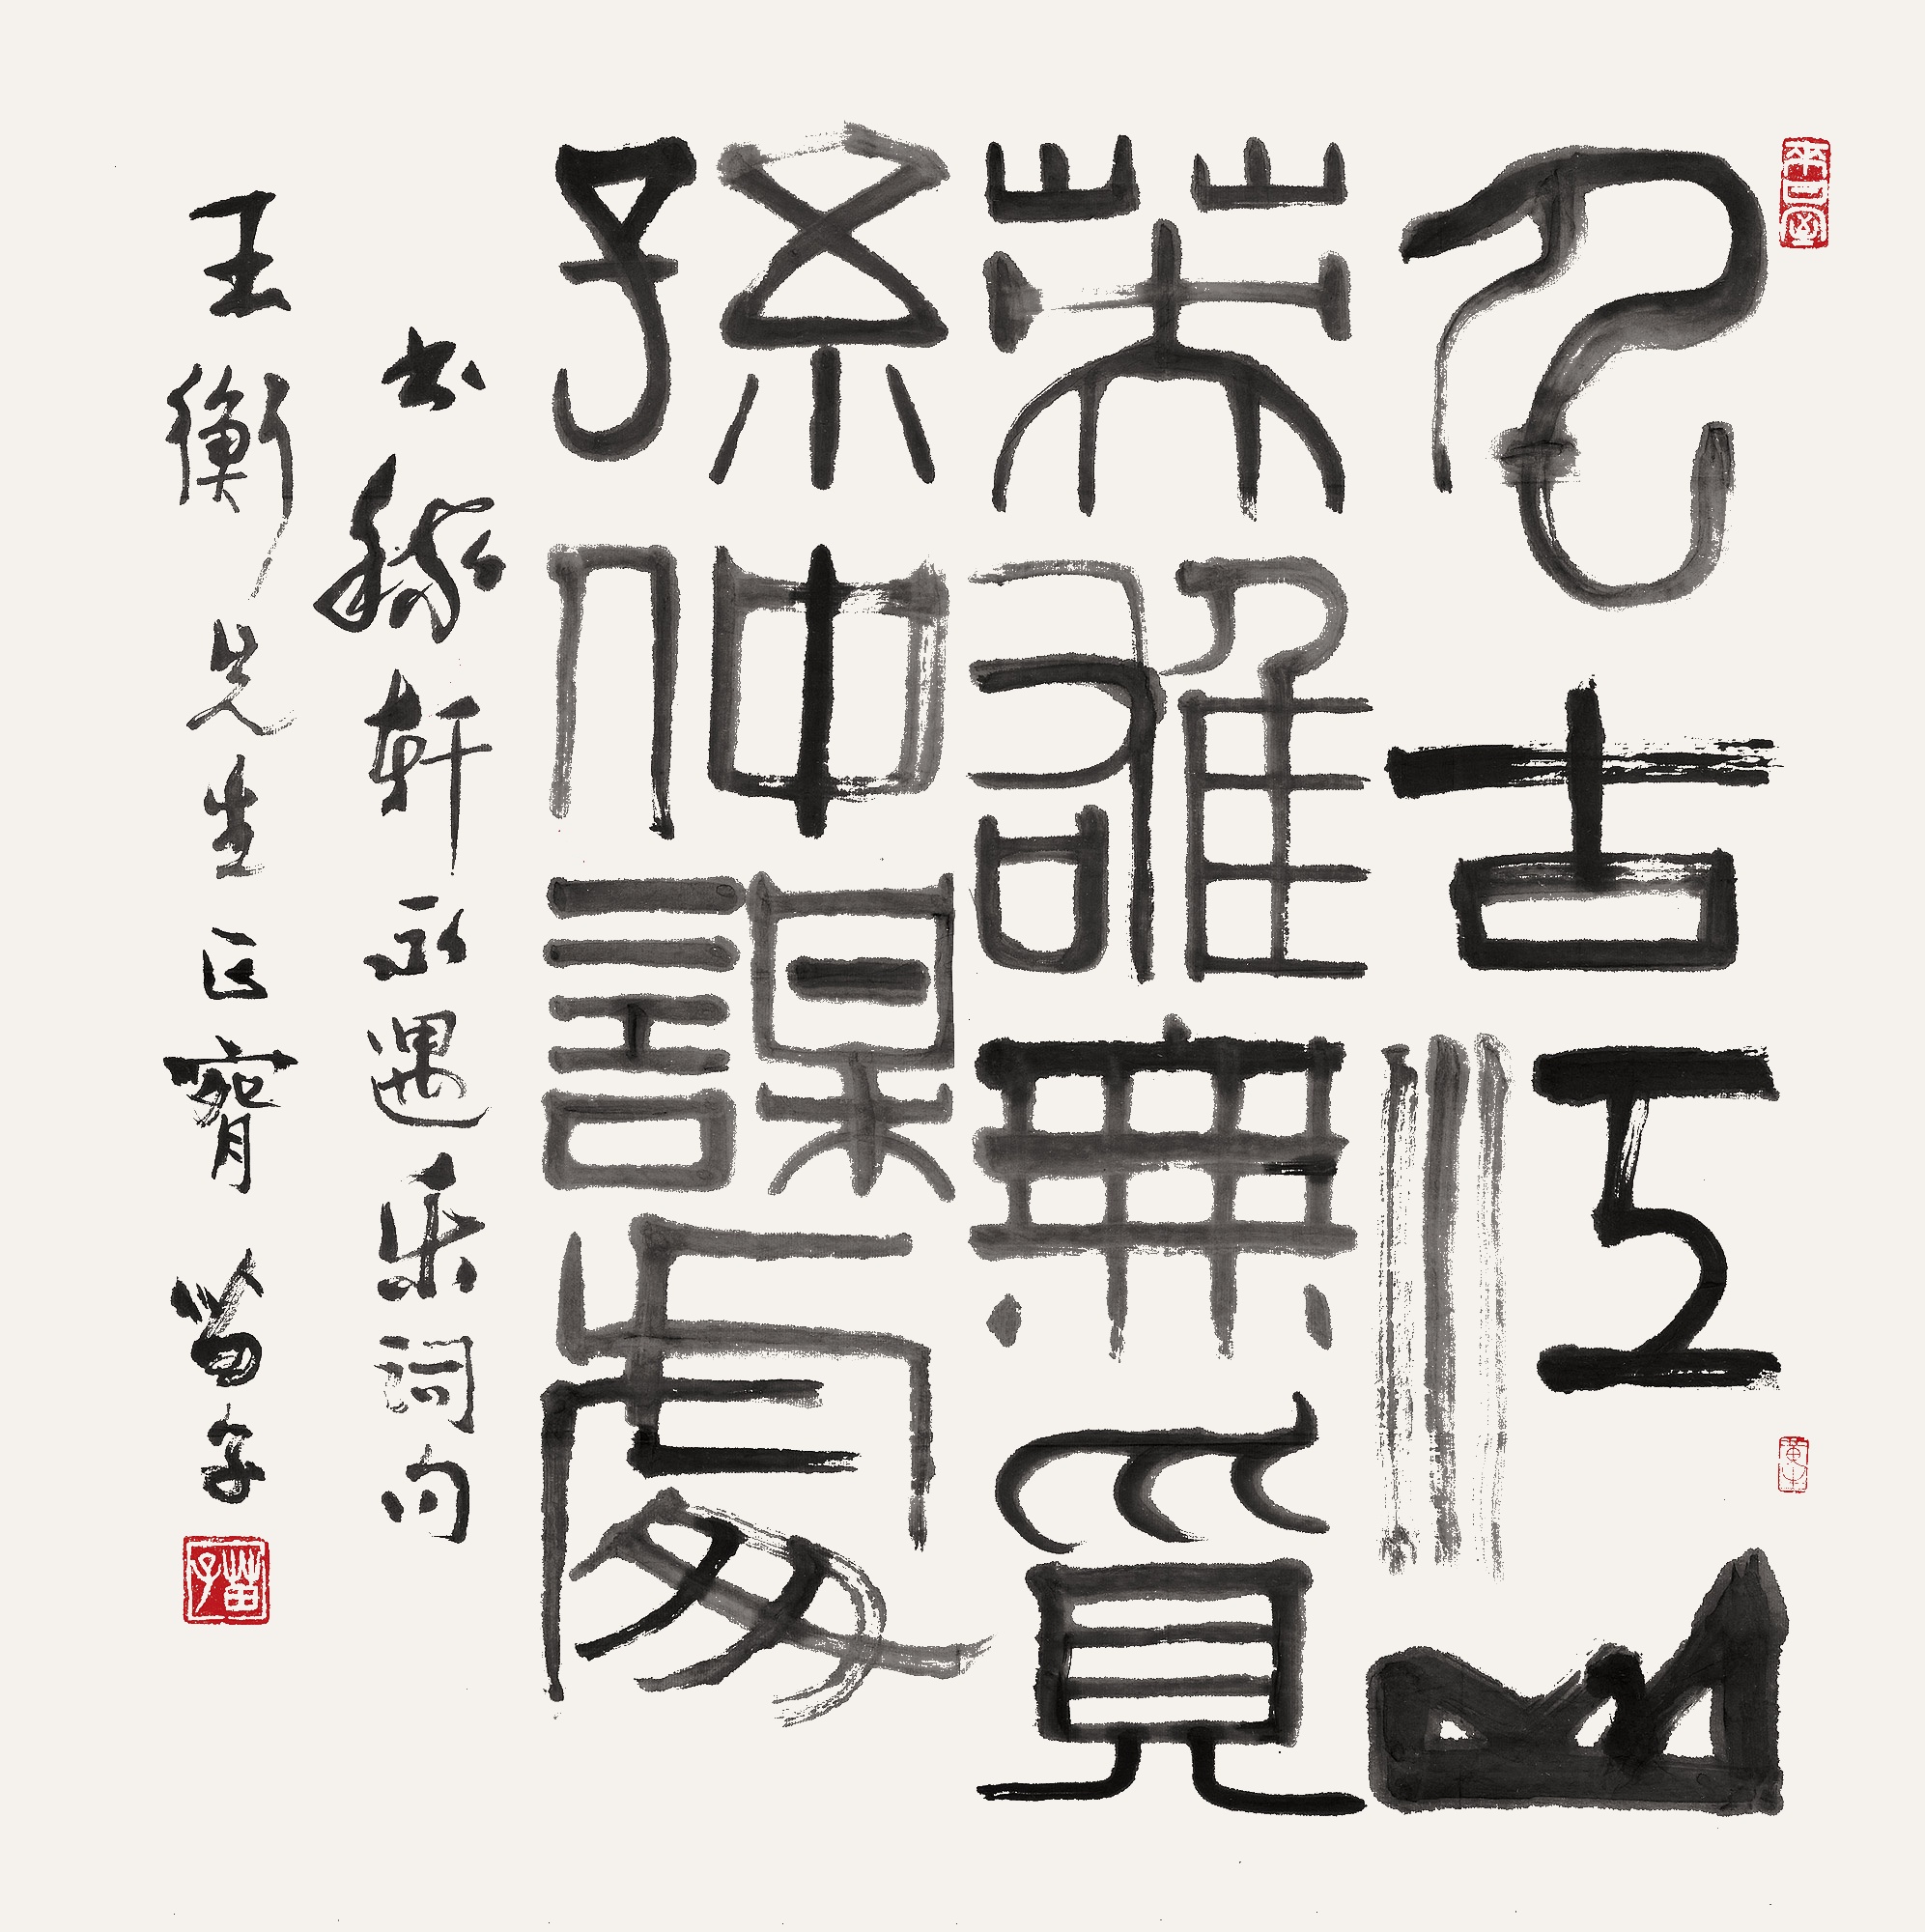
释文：千古江山，英雄无觅，孙仲谋处。书稼轩永遇乐词句。王衡先生正腕，苗子。